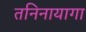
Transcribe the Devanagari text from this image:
तनिनायागा